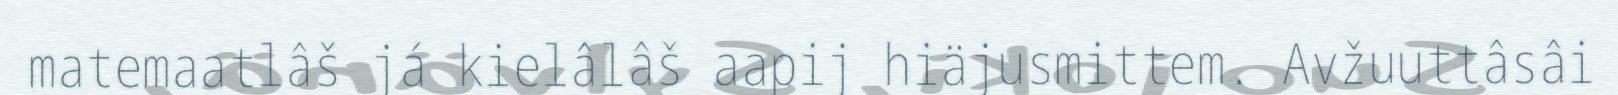
matemaatlâš já kielâlâš aapij hiäjusmittem. Avžuuttâsâi